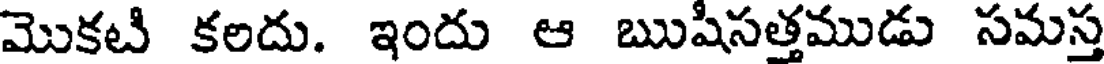
మొకటి కలదు. ఇందు ఆ ఋషిసత్తముడు సమస్త